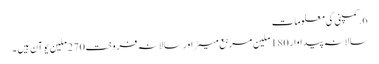
6.کمپنی کی معلومات
سالانہ پیداوار 180 ملین مربع میٹر اور سالانہ فروخت 270 ملین یوآن ہیں ۔